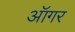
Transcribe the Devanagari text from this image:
ऑगर